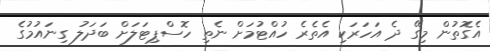
އެގޮތުން މިގޭ ދެ އަހަރަކި އެތެރެ ހުއްޓުމަށް ނެތި ހޮސްޕިޓަލަށް ބަދަލު ގިނައުމުގެ